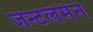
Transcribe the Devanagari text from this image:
जन्टलमेन